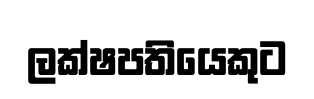
ලක්ෂපතියෙකුට